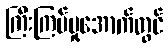
ကြီးကြပ်မှုအောက်တွင်